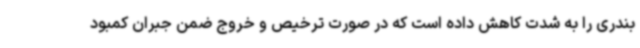
بندری را به شدت کاهش داده است که در صورت ترخیص و خروج ضمن جبران کمبود